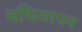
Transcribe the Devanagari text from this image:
बधियापन